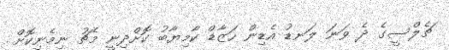
ޗެލްސީގެ ދެ ވަނަ ލަނޑު އެޑިން ހަޒާޑް ކާމިޔާބު ކޮށްދިނީ މެޗު ނިމެނިކޮށް